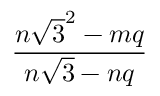
\frac { n { \sqrt { 3 } } ^ { 2 } - m q } { n { \sqrt { 3 } } - n q }